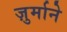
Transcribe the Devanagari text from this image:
ज़ुर्माने